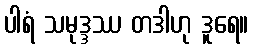
ပါရံ သမုဒ္ဒဿ တဒါဟု ဒူရေ။